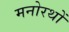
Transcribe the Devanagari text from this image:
मनोरथों